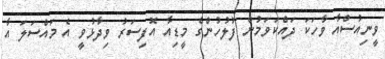
ވީނިއުސްއާ ވާހަކަ ދައްކަވަމުން ފުލުހުންގެ މީޑިއާ އޮފިސަރު ވިދާޅުވީ އެ މައްސަލަ އާ